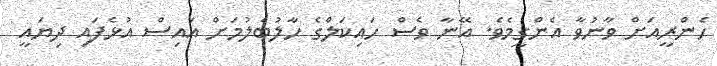
ހެންރީއަށް ވާނުވާ އެންގީމެވެ. އޭނާ ވެސް ހައިކަލްގެ ހާލުބެލުމަށް އައިސް އުޅެފައި ދިޔައީ